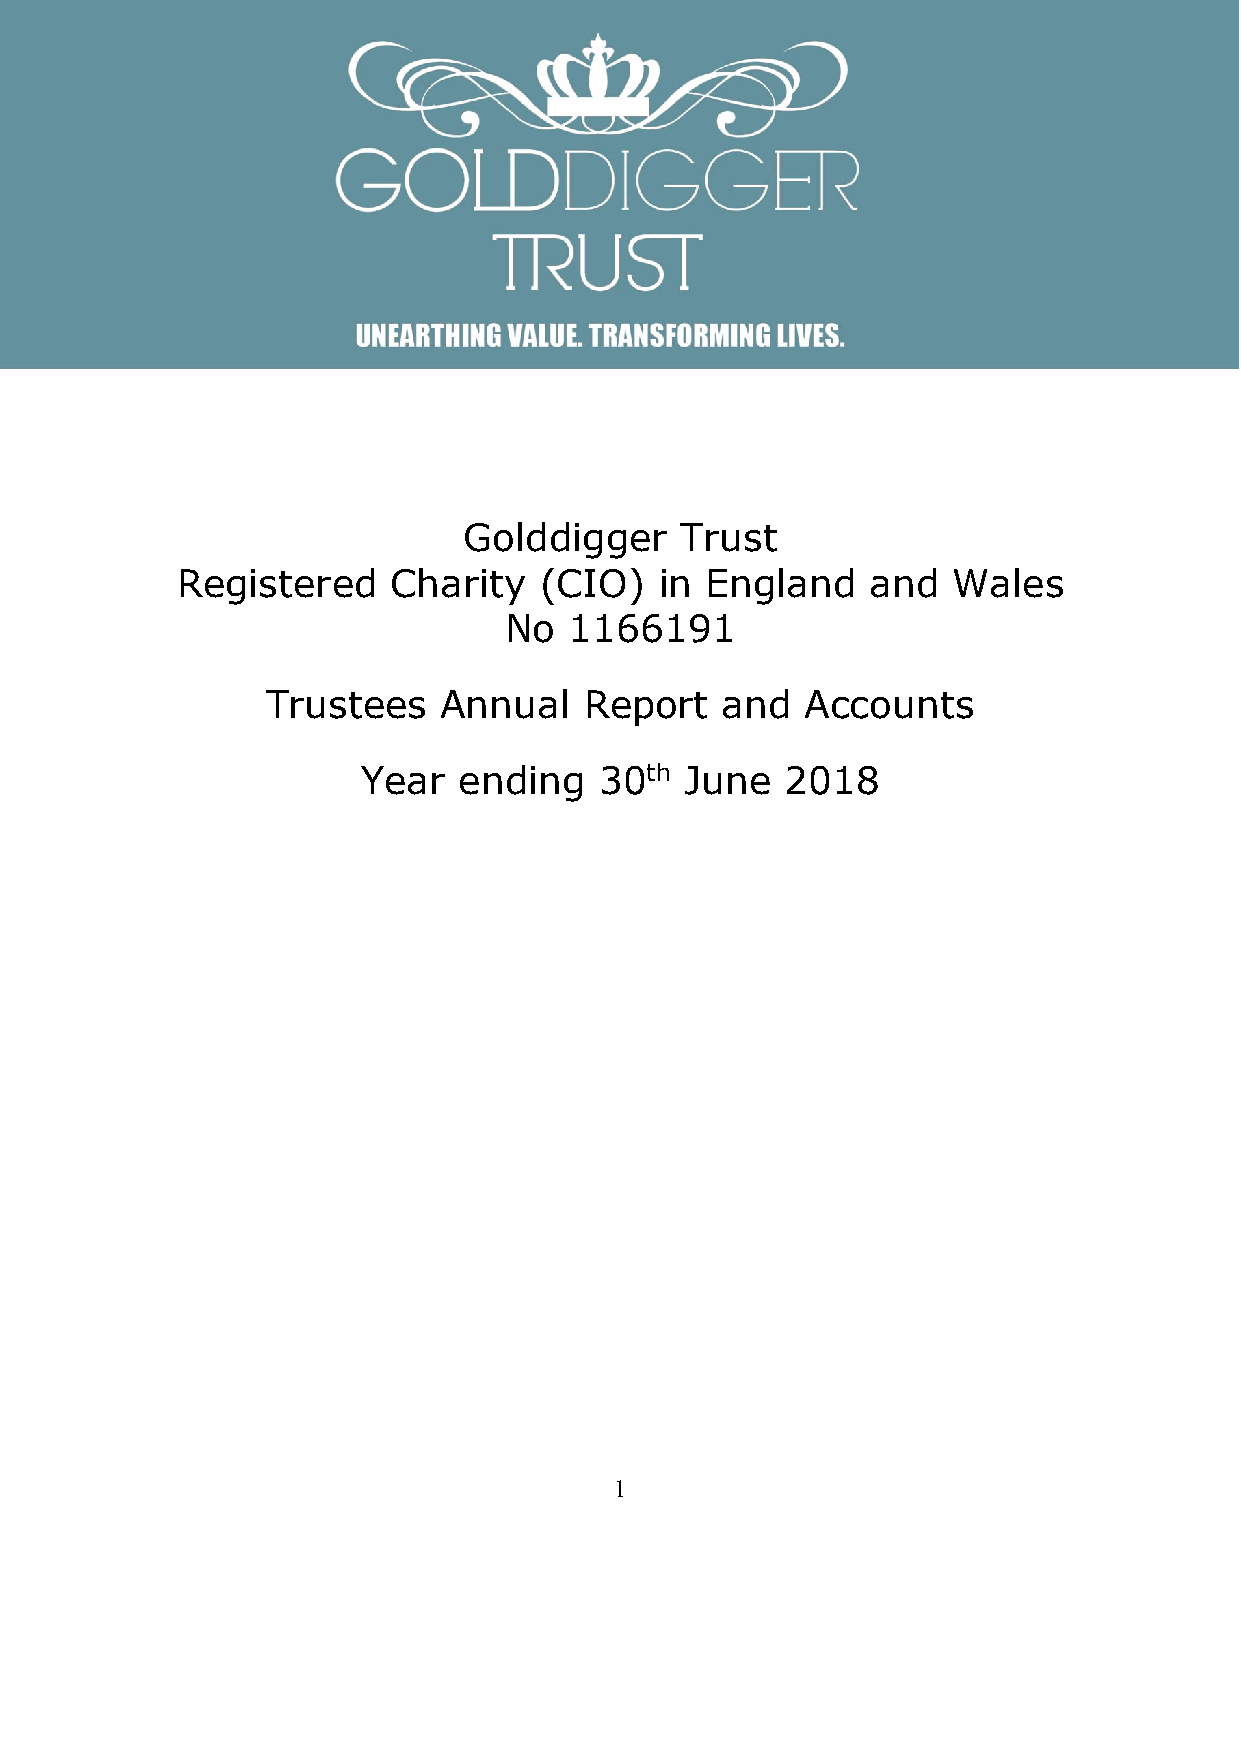
Golddigger    Trust
 Registered    Charity   (CIO)   in England    and  Wales
 No   1166191
 Trustees   Annual    Report   and  Accounts
 Year  ending    30th June   2018
 1